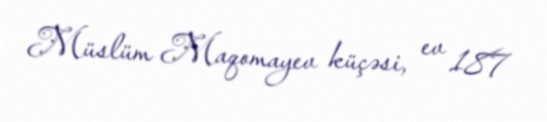
Müslüm Maqomayev küçəsi, ev 187